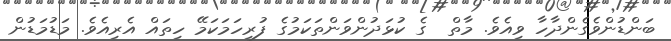
ބަންޑުންވެގެންދާހާ ވިއެވެ. މާތް  ގެ ކުޅަދުންވަންތަކަމުގެ ފުރިހަމަކަމޭ ހިތައް އެރިއެވެ. މަޑުމަޑުން